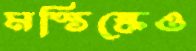
মস্তিষ্কেও